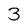
Character: 3